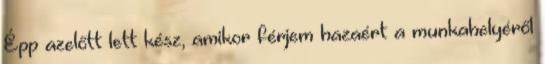
Épp azelőtt lett kész, amikor férjem hazaért a munkahelyéről